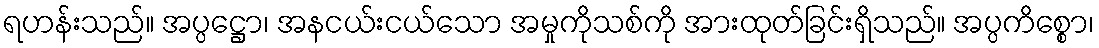
ရဟန်းသည်။ အပ္ပဋ္ဌော၊ အနငယ်းငယ်သော အမှုကိုသစ်ကို အားထုတ်ခြင်းရှိသည်။ အပ္ပကိစ္စော၊